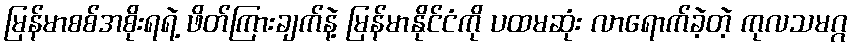
မြန်မာစစ်အစိုးရရဲ့ ဖိတ်ကြားချက်နဲ့ မြန်မာနိုင်ငံကို ပထမဆုံး လာရောက်ခဲ့တဲ့ ကုလသမဂ္ဂ